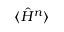
\langle \hat { H } ^ { n } \rangle